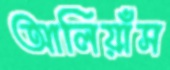
আলিয়াঁস